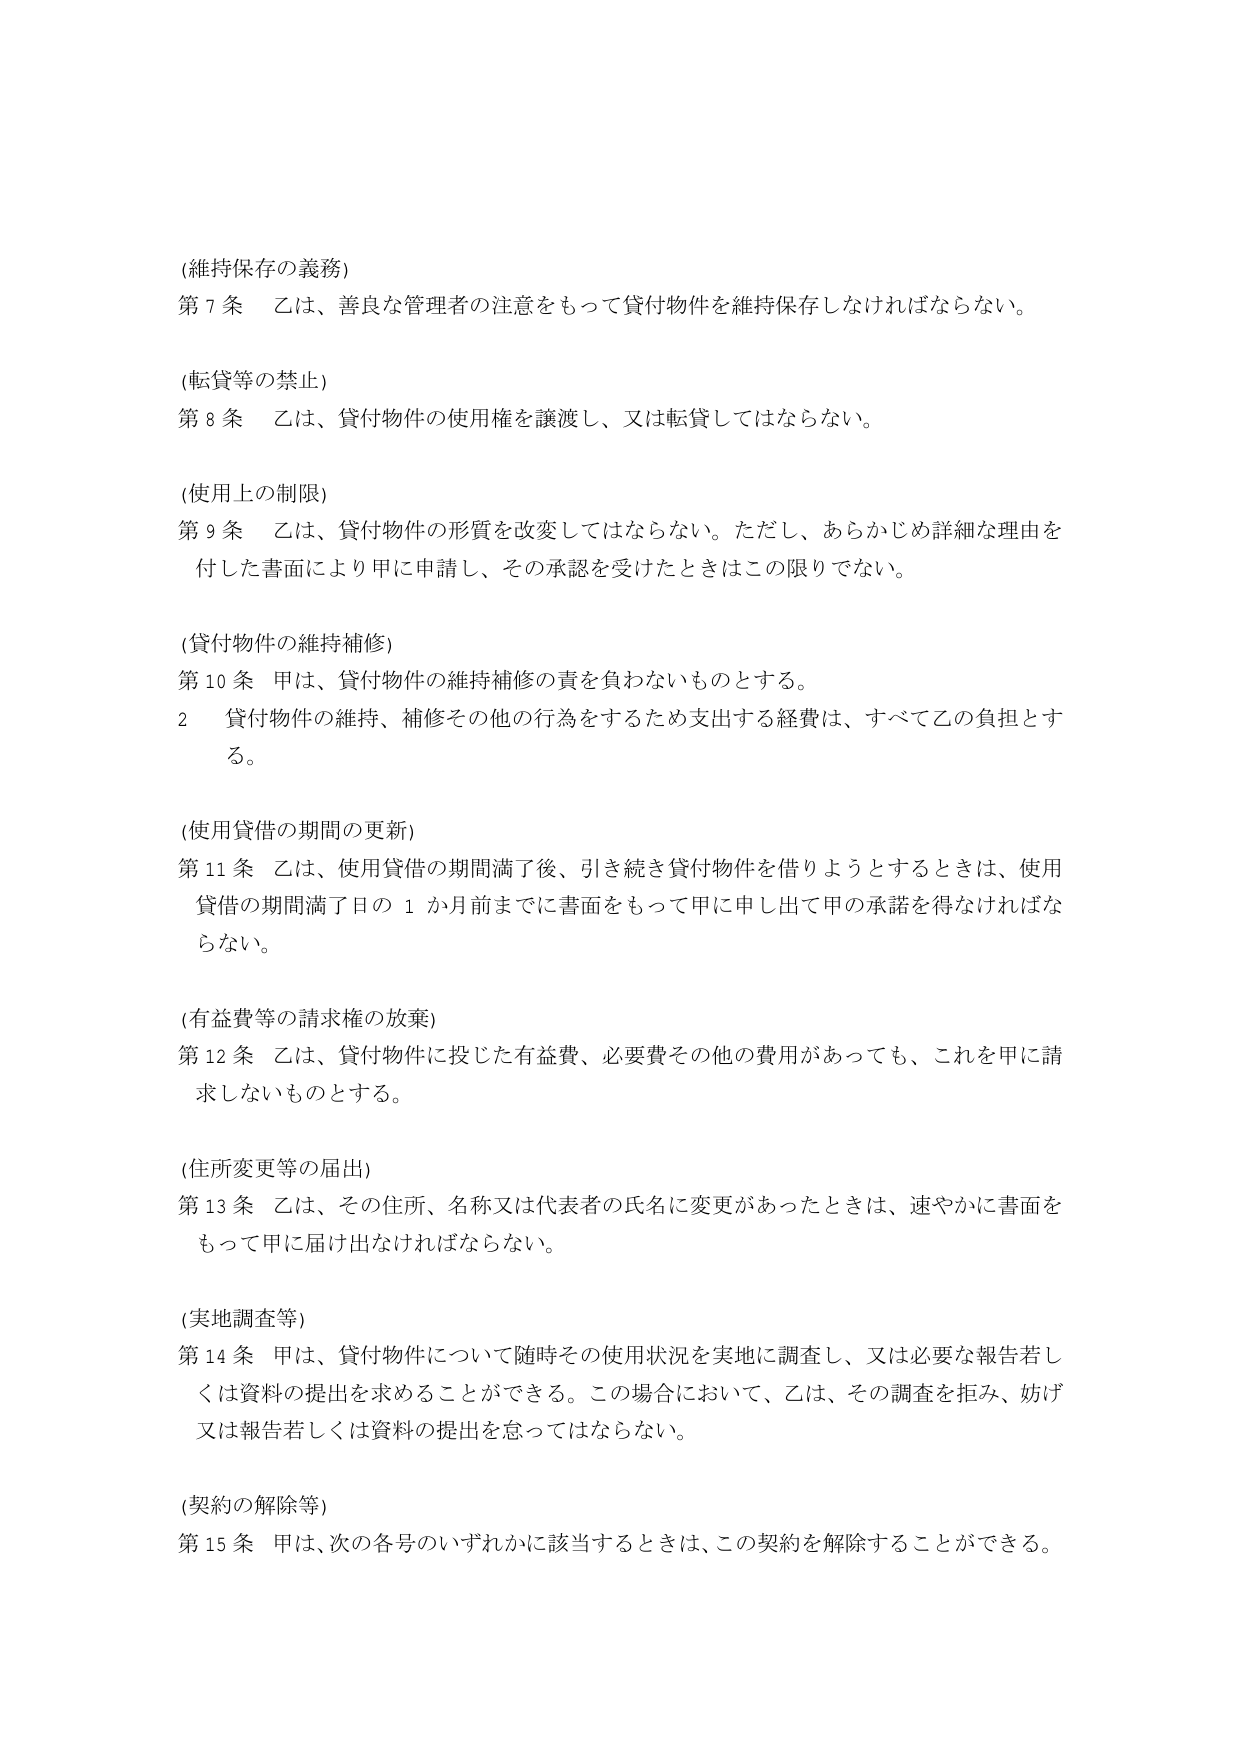
(維持保存の義務)
第7条 乙は、善良な管理者の注意をもって貸付物件を維持保存しなければならない。

(転貸等の禁止)
第8条 乙は、貸付物件の使用権を譲渡し、又は転貸してはならない。

(使用上の制限)
第9条 乙は、貸付物件の形質を改変してはならない。ただし、あらかじめ詳細な理由を付した書面により甲に申請し、その承認を受けたときはこの限りでない。

(貸付物件の維持補修)
第10条 甲は、貸付物件の維持補修の責を負わないものとする。
2 貸付物件の維持、補修その他の行為をするため支出する経費は、すべて乙の負担とする。

(使用貸借の期間の更新)
第11条 乙は、使用貸借の期間満了後、引き続き貸付物件を借りようとするときは、使用貸借の期間満了日の1か月前までに書面をもって甲に申し出て甲の承諾を得なければならない。

(有益費等の請求権の放棄)
第12条 乙は、貸付物件に投じた有益費、必要費その他の費用があっても、これを甲に請求しないものとする。

(住所変更等の届出)
第13条 乙は、その住所、名称又は代表者の氏名に変更があったときは、速やかに書面をもって甲に届け出なければならない。

(実地調査等)
第14条 甲は、貸付物件について随時その使用状況を実地に調査し、又は必要な報告若しくは資料の提出を求めることができる。この場合において、乙は、その調査を拒み、妨げ又は報告若しくは資料の提出を怠ってはならない。

(契約の解除等)
第15条 甲は、次の各号のいずれかに該当するときは、この契約を解除することができる。